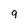
Character: 9